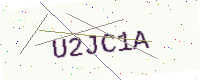
Text: U2JC1A